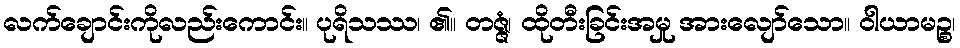
လက်ချောင်းကိုလည်းကောင်း။ ပုရိသဿ၊ ၏။ တဇ္ဇံ၊ ထိုတီးခြင်းအမှု အားလျော်သော။ ဝါယာမဉ္စ၊